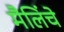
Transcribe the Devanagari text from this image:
मैलिंचे